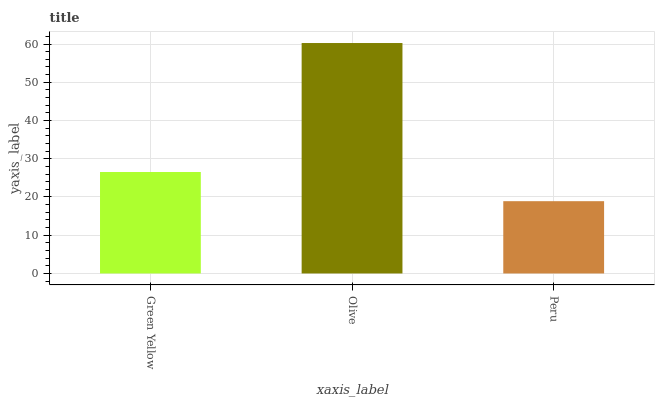
| xaxis_label | bars |
 | --- | --- |
 | Green Yellow | 26.5 |
 | Olive | 60.3 |
 | Peru | 18.9 |